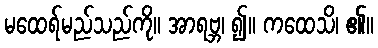
မထေရ်မည်သည်ကို။ အာရဗ္ဘ၊ ၍။ ကထေသိ၊ ၏။